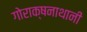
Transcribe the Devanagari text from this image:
गोराक्षनाथानी